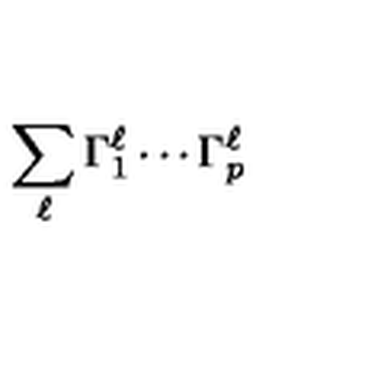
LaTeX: \sum _ { \ell } \Gamma _ { 1 } ^ { \ell } \cdots \Gamma _ { p } ^ { \ell }